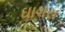
ઘાગરા